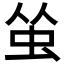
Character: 𬟺